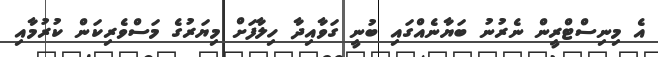
އެ މިނިސްޓްރީން ނެރުނު ބަޔާނެއްގައި ބުނީ ގަވާއިދާ ހިލާފަށް މިޔަރުގެ މަސްވެރިކަން ކުރުމާއި